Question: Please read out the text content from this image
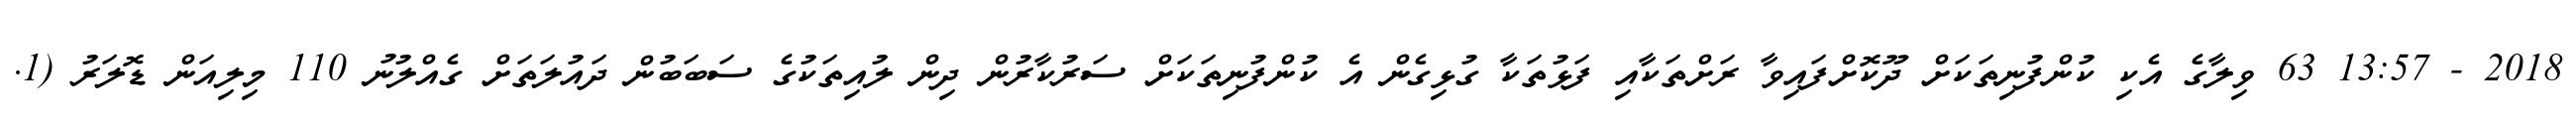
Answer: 2018 - 13:57 63 ވިލާގެ އެކި ކުންފުނިތަކަށް ދޫކޮށްފައިވާ ރަށްތަކާއި ފަޅުތަކާ ގުޅިގެން އެ ކުންފުނިތަކަށް ސަރުކާރުން ދިން ލުއިތަކުގެ ސަބަބުން ދައުލަތަށް ގެއްލުނު 110 މިލިއަން ޑޮލަރު (1.